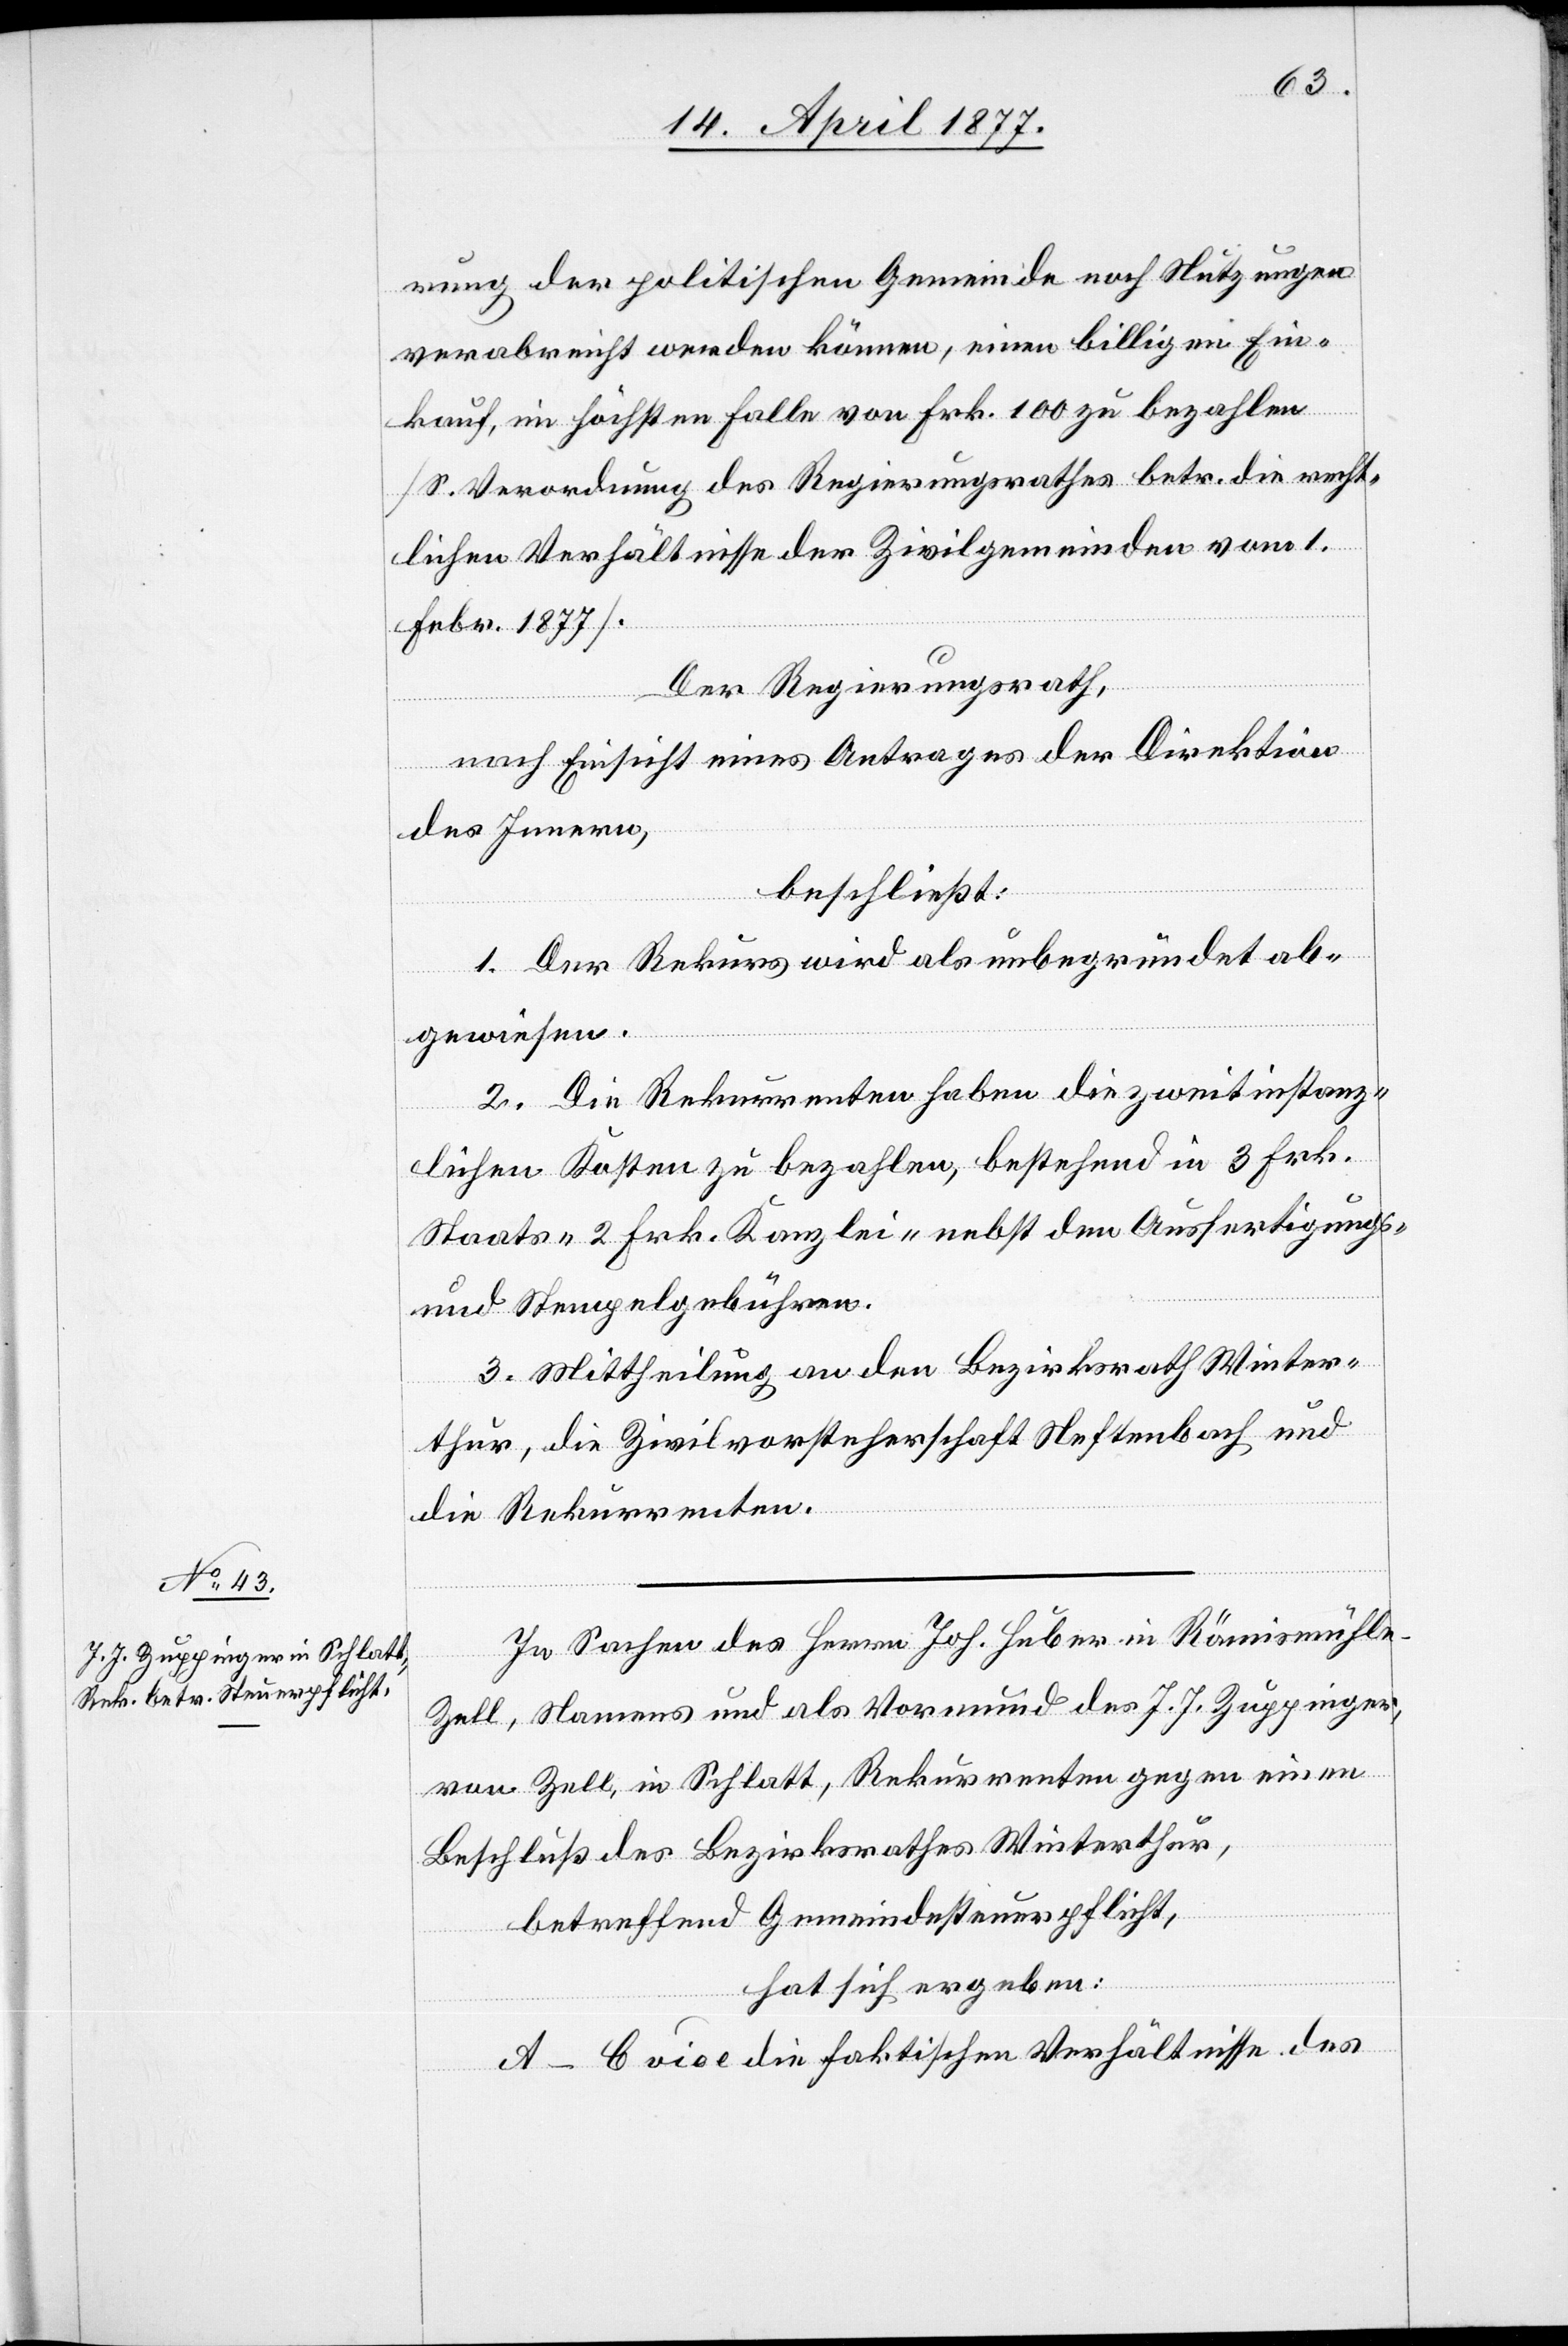
rung der politischen Gemeinde noch Nutzungen
verabreicht werden können, einen billigen Ein¬
kauf, im höchsten Falle von Frk. 100 zu bezahlen
[S. Verordnung des Regierungsrathes betr. die recht¬
lichen Verhältnisse der Zivilgemeinden vom 1.
Febr. 1877].
Der Regierungsrath,
nach Einsicht eines Antrages der Direktion
des Innern,
beschließt:
1. Der Rekurs wird als unbegründet ab¬
gewiesen.
2. Die Rekurrenten haben die zweitinstanz¬
lichen Kosten zu bezahlen, bestehend in 3 Frk.
Staats- 2 Frk. Kanzlei- nebst den Ausfertigungs-
und Stempelgebühren.
3. Mittheilung an den Bezirksrath Winter¬
thur, die Zivilvorsteherschaft Neftenbach und
die Rekurrenten.
In Sachen des Herrn Joh. Huber in Rämismühle
Zell, Namens und als Vormund des J. J. Zuppinger
von Zell, in Schlatt, Rekurrenten gegen einen
Beschluß des Bezirksrathes Winterthur,
betreffend Gemeindesteuerpflicht,
hat sich ergeben:
A–C vide die faktischen Verhältnisse des